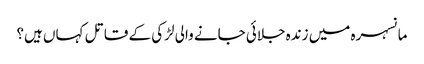
مانسہرہ میں زندہ جلائی جانے والی لڑکی کے قاتل کہاں ہیں؟